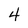
Character: 4